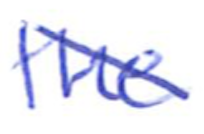
Text: the
Cross-out: diagonal
Writing tool: ballpoint